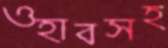
ওহাবসহ